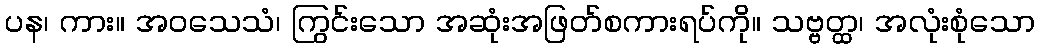
ပန၊ ကား။ အဝသေသံ၊ ကြွင်းသော အဆုံးအဖြတ်စကားရပ်ကို။ သဗ္ဗတ္ထ၊ အလုံးစုံသော